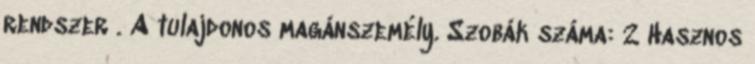
rendszer . A tulajdonos magánszemély. Szobák száma: 2 Hasznos